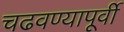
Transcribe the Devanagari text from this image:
चढवण्यापूर्वी